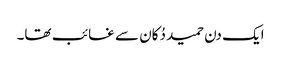
ایک دن حمید دُکان سے غائب تھا۔